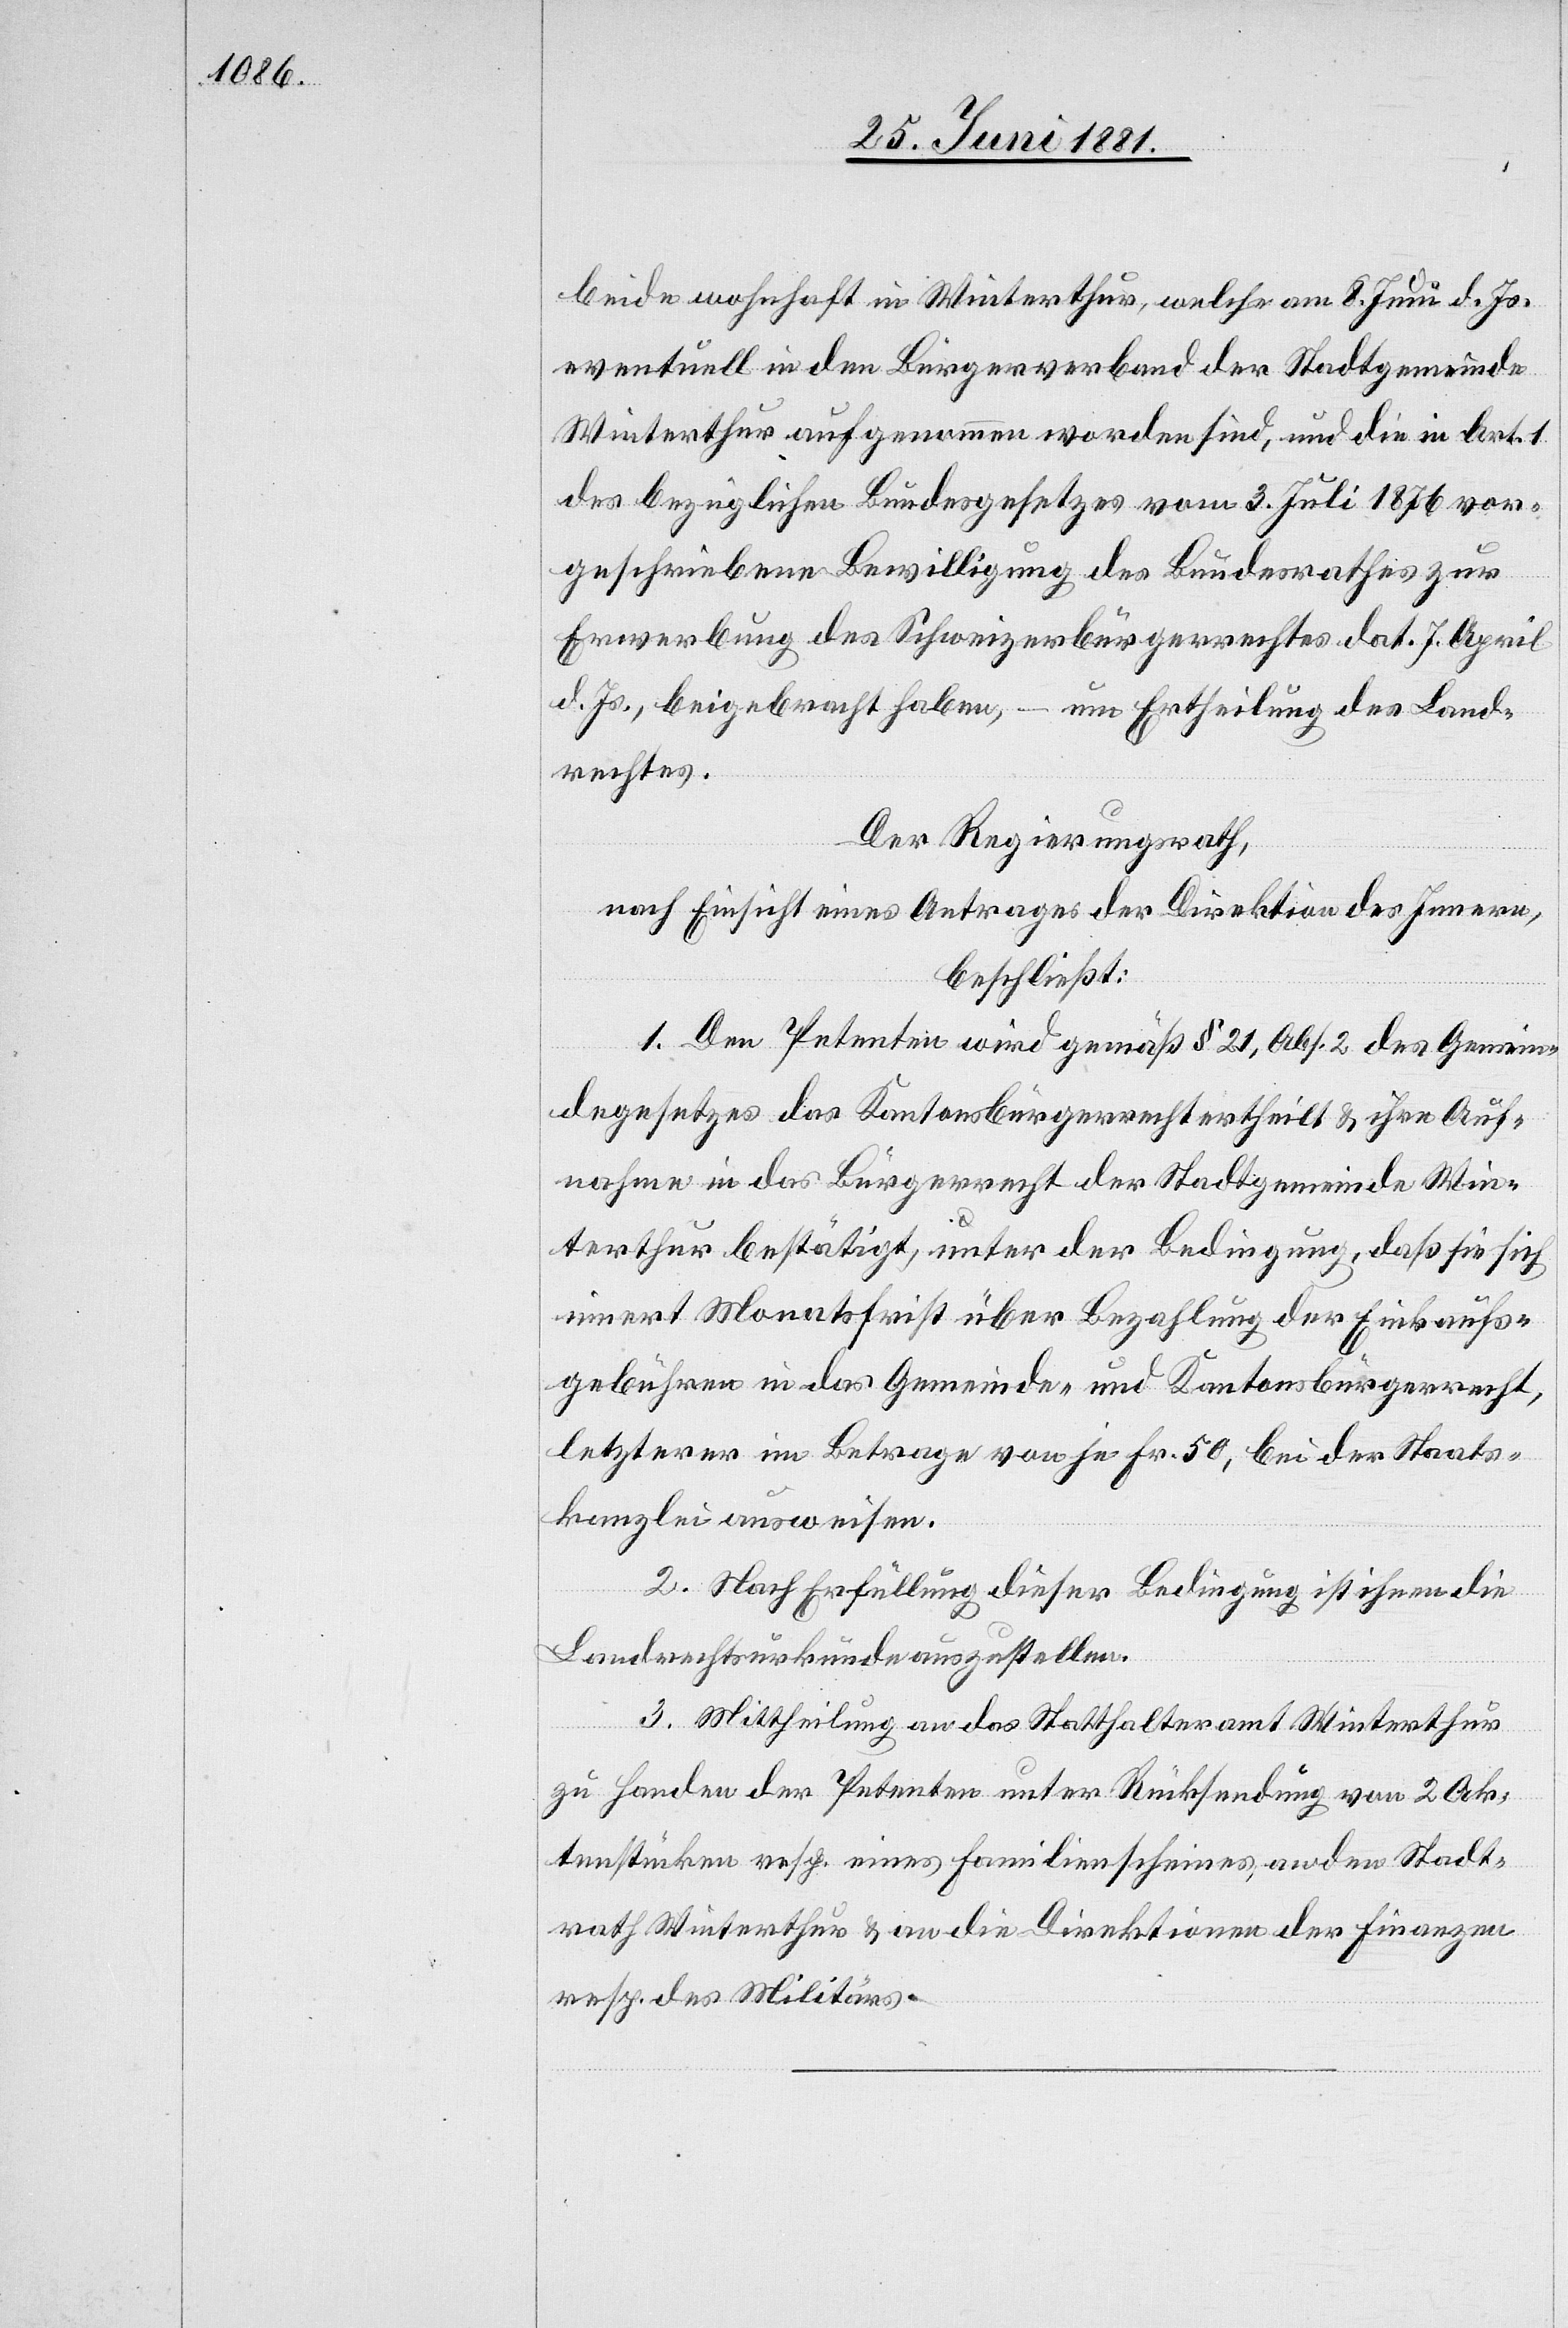
beide wohnhaft in Winterthur, welche am 8. Juni d. Js.
eventuell in den Bürgerverband der Stadtgemeinde
Winterthur aufgenommen worden sind, und die in Art. 1
des bezüglichen Bundesgesetzes vom 3. Juli 1876 vor¬
geschriebene Bewilligung des Bundesrathes zur
Erwerbung des Schweizerbürgerrechtes dat. 7. April
d. Js., beigebracht haben, – um Ertheilung des Lande¬
srechtes.
Der Regierungsrath,
nach Einsicht eines Antrages der Direktion des Innern,
beschließt:
1. Den Petenten wird gemäß § 21, Abs. 2 des Gemein¬
degesetzes das Kantonsbürgerrecht ertheilt & ihre Auf¬
nahme in das Bürgerrecht der Stadtgemeinde Win¬
terthur bestätigt, unter der Bedingung, daß sie sich
innert Monatsfrist über Bezahlung der Einkaufs¬
gebühren in das Gemeinde- und Kantonsbürgerrecht,
letzterer im Betrage von je Fr. 50, bei der Staats¬
kanzlei ausweisen.
2. Nach Erfüllung dieser Bedingung ist ihnen die
Landrechtsurkunde auszustellen.
3. Mittheilung an das Statthalteramt Winterthur
zu Handen der Petenten unter Rücksendung von 2 Ak¬
tenstücken resp. eines Familienscheines, an den Stadt¬
rath Winterthur & an die Direktion der Finanzen
resp. des Militärs.